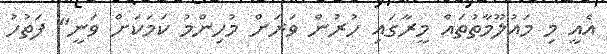
އެއީ މި މައުލޫމާތުތައް މީރާގައި ހުރުން ވަރަށް މުހިންމު ކަމަކަށް ވަނީ" ފަތުހު